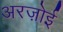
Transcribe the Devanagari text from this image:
अरज़ोई